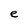
Character: e